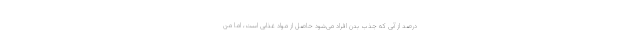
درصد از آبی که جذب بدن افراد می‌شود حاصل از مواد غذایی است، اما من